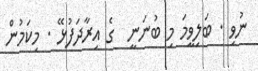
ނުވި . ބަލިވީމަ މި ބުނަނީ  ގެ އިރާދަފުޅޭ . މިކަމުން